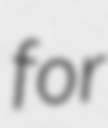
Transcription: for